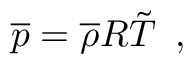
\overline { { p } } = \overline { { \rho } } R \tilde { T } \, \mathrm { ~ , ~ }